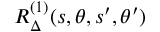
R _ { \Delta } ^ { ( 1 ) } ( s , \theta , s ^ { \prime } , \theta ^ { \prime } )